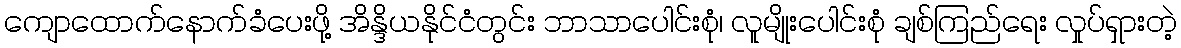
ကျောထောက်နောက်ခံပေးဖို့ အိန္ဒိယနိုင်ငံတွင်း ဘာသာပေါင်းစုံ၊ လူမျိုးပေါင်းစုံ ချစ်ကြည်ရေး လှုပ်ရှားတဲ့